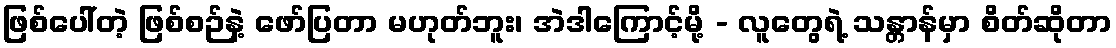
ဖြစ်ပေါ်တဲ့ ဖြစ်စဉ်နဲ့ ဖော်ပြတာ မဟုတ်ဘူး၊ အဲဒါကြောင့်မို့ - လူတွေရဲ့ သန္တာန်မှာ စိတ်ဆိုတာ